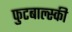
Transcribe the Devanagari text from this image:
फुटबाल्स्की